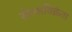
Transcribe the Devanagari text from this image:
सेल्सविक्रेता